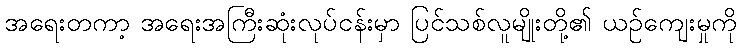
အရေးတကာ့ အရေးအကြီးဆုံးလုပ်ငန်းမှာ ပြင်သစ်လူမျိုးတို့၏ ယဉ်ကျေးမှုကို